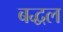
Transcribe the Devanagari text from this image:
बद्धल